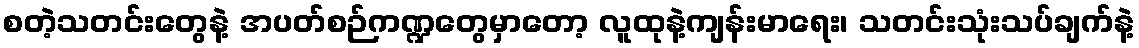
စတဲ့သတင်းတွေနဲ့ အပတ်စဉ်ကဏ္ဍတွေမှာတော့ လူထုနဲ့ကျန်းမာရေး၊ သတင်းသုံးသပ်ချက်နဲ့